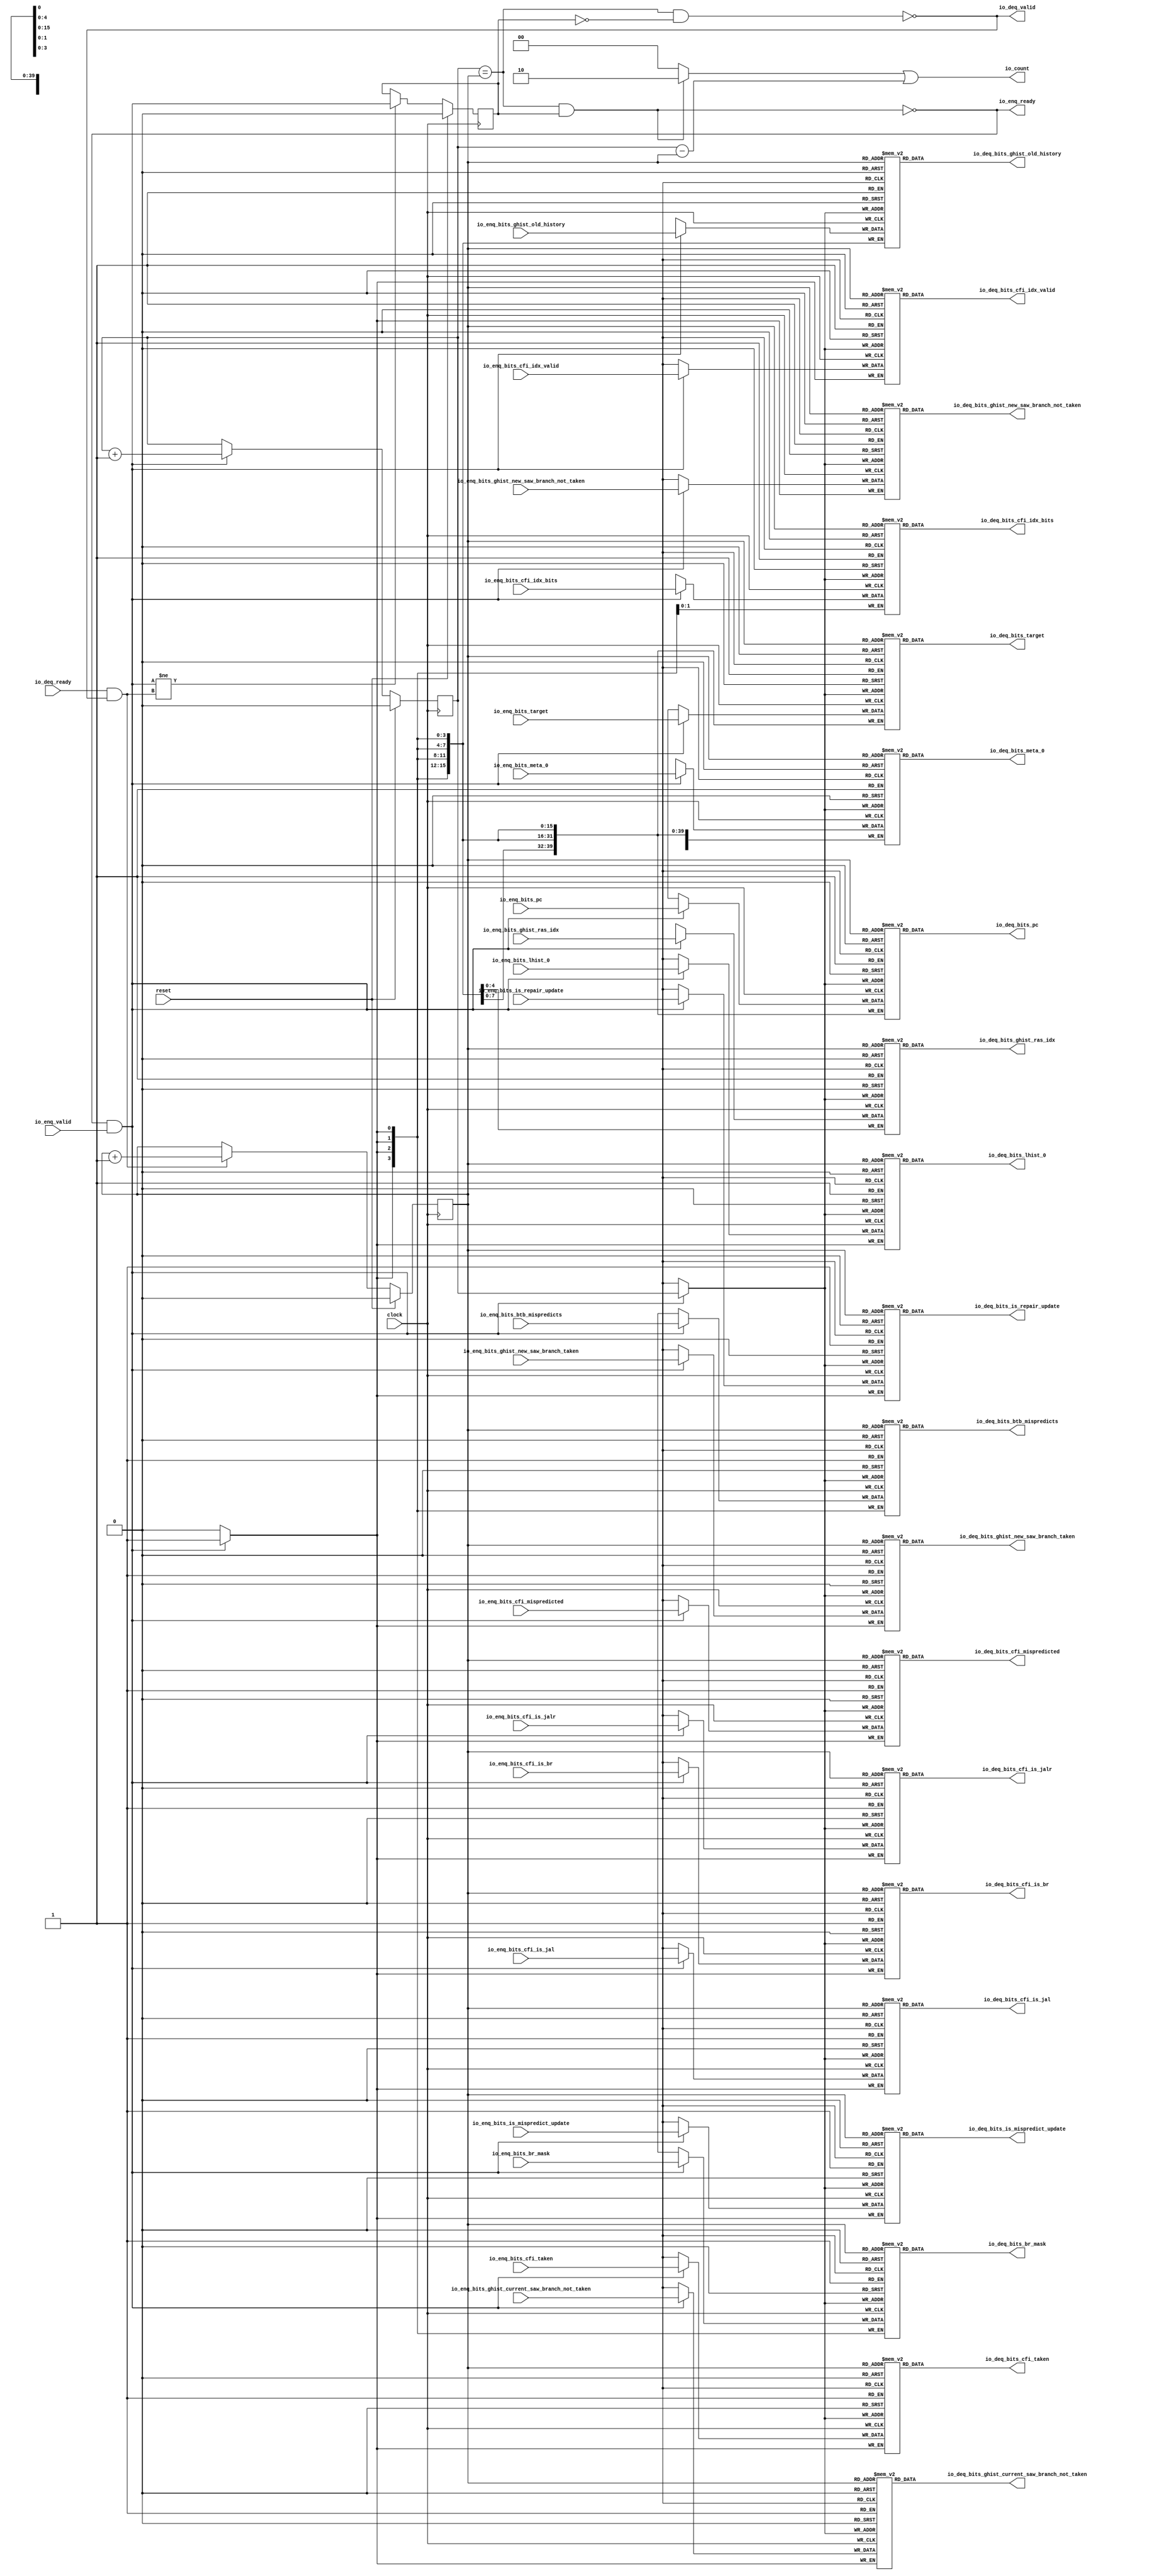
module Queue_23(
  input         clock,
  input         reset,
  output        io_enq_ready,
  input         io_enq_valid,
  input         io_enq_bits_is_mispredict_update,
  input         io_enq_bits_is_repair_update,
  input  [3:0]  io_enq_bits_btb_mispredicts,
  input  [39:0] io_enq_bits_pc,
  input  [3:0]  io_enq_bits_br_mask,
  input         io_enq_bits_cfi_idx_valid,
  input  [1:0]  io_enq_bits_cfi_idx_bits,
  input         io_enq_bits_cfi_taken,
  input         io_enq_bits_cfi_mispredicted,
  input         io_enq_bits_cfi_is_br,
  input         io_enq_bits_cfi_is_jal,
  input         io_enq_bits_cfi_is_jalr,
  input  [15:0] io_enq_bits_ghist_old_history,
  input         io_enq_bits_ghist_current_saw_branch_not_taken,
  input         io_enq_bits_ghist_new_saw_branch_not_taken,
  input         io_enq_bits_ghist_new_saw_branch_taken,
  input  [4:0]  io_enq_bits_ghist_ras_idx,
  input         io_enq_bits_lhist_0,
  input  [39:0] io_enq_bits_target,
  input  [44:0] io_enq_bits_meta_0,
  input         io_deq_ready,
  output        io_deq_valid,
  output        io_deq_bits_is_mispredict_update,
  output        io_deq_bits_is_repair_update,
  output [3:0]  io_deq_bits_btb_mispredicts,
  output [39:0] io_deq_bits_pc,
  output [3:0]  io_deq_bits_br_mask,
  output        io_deq_bits_cfi_idx_valid,
  output [1:0]  io_deq_bits_cfi_idx_bits,
  output        io_deq_bits_cfi_taken,
  output        io_deq_bits_cfi_mispredicted,
  output        io_deq_bits_cfi_is_br,
  output        io_deq_bits_cfi_is_jal,
  output        io_deq_bits_cfi_is_jalr,
  output [15:0] io_deq_bits_ghist_old_history,
  output        io_deq_bits_ghist_current_saw_branch_not_taken,
  output        io_deq_bits_ghist_new_saw_branch_not_taken,
  output        io_deq_bits_ghist_new_saw_branch_taken,
  output [4:0]  io_deq_bits_ghist_ras_idx,
  output        io_deq_bits_lhist_0,
  output [39:0] io_deq_bits_target,
  output [44:0] io_deq_bits_meta_0,
  output [1:0]  io_count
);
`ifdef RANDOMIZE_MEM_INIT
  reg [31:0] _RAND_0;
  reg [31:0] _RAND_1;
  reg [31:0] _RAND_2;
  reg [63:0] _RAND_3;
  reg [31:0] _RAND_4;
  reg [31:0] _RAND_5;
  reg [31:0] _RAND_6;
  reg [31:0] _RAND_7;
  reg [31:0] _RAND_8;
  reg [31:0] _RAND_9;
  reg [31:0] _RAND_10;
  reg [31:0] _RAND_11;
  reg [31:0] _RAND_12;
  reg [31:0] _RAND_13;
  reg [31:0] _RAND_14;
  reg [31:0] _RAND_15;
  reg [31:0] _RAND_16;
  reg [31:0] _RAND_17;
  reg [63:0] _RAND_18;
  reg [63:0] _RAND_19;
`endif // RANDOMIZE_MEM_INIT
`ifdef RANDOMIZE_REG_INIT
  reg [31:0] _RAND_20;
  reg [31:0] _RAND_21;
  reg [31:0] _RAND_22;
`endif // RANDOMIZE_REG_INIT
  reg  ram_is_mispredict_update [0:1]; // @[Decoupled.scala 218:16]
  wire  ram_is_mispredict_update_io_deq_bits_MPORT_data; // @[Decoupled.scala 218:16]
  wire  ram_is_mispredict_update_io_deq_bits_MPORT_addr; // @[Decoupled.scala 218:16]
  wire  ram_is_mispredict_update_MPORT_data; // @[Decoupled.scala 218:16]
  wire  ram_is_mispredict_update_MPORT_addr; // @[Decoupled.scala 218:16]
  wire  ram_is_mispredict_update_MPORT_mask; // @[Decoupled.scala 218:16]
  wire  ram_is_mispredict_update_MPORT_en; // @[Decoupled.scala 218:16]
  reg  ram_is_repair_update [0:1]; // @[Decoupled.scala 218:16]
  wire  ram_is_repair_update_io_deq_bits_MPORT_data; // @[Decoupled.scala 218:16]
  wire  ram_is_repair_update_io_deq_bits_MPORT_addr; // @[Decoupled.scala 218:16]
  wire  ram_is_repair_update_MPORT_data; // @[Decoupled.scala 218:16]
  wire  ram_is_repair_update_MPORT_addr; // @[Decoupled.scala 218:16]
  wire  ram_is_repair_update_MPORT_mask; // @[Decoupled.scala 218:16]
  wire  ram_is_repair_update_MPORT_en; // @[Decoupled.scala 218:16]
  reg [3:0] ram_btb_mispredicts [0:1]; // @[Decoupled.scala 218:16]
  wire [3:0] ram_btb_mispredicts_io_deq_bits_MPORT_data; // @[Decoupled.scala 218:16]
  wire  ram_btb_mispredicts_io_deq_bits_MPORT_addr; // @[Decoupled.scala 218:16]
  wire [3:0] ram_btb_mispredicts_MPORT_data; // @[Decoupled.scala 218:16]
  wire  ram_btb_mispredicts_MPORT_addr; // @[Decoupled.scala 218:16]
  wire  ram_btb_mispredicts_MPORT_mask; // @[Decoupled.scala 218:16]
  wire  ram_btb_mispredicts_MPORT_en; // @[Decoupled.scala 218:16]
  reg [39:0] ram_pc [0:1]; // @[Decoupled.scala 218:16]
  wire [39:0] ram_pc_io_deq_bits_MPORT_data; // @[Decoupled.scala 218:16]
  wire  ram_pc_io_deq_bits_MPORT_addr; // @[Decoupled.scala 218:16]
  wire [39:0] ram_pc_MPORT_data; // @[Decoupled.scala 218:16]
  wire  ram_pc_MPORT_addr; // @[Decoupled.scala 218:16]
  wire  ram_pc_MPORT_mask; // @[Decoupled.scala 218:16]
  wire  ram_pc_MPORT_en; // @[Decoupled.scala 218:16]
  reg [3:0] ram_br_mask [0:1]; // @[Decoupled.scala 218:16]
  wire [3:0] ram_br_mask_io_deq_bits_MPORT_data; // @[Decoupled.scala 218:16]
  wire  ram_br_mask_io_deq_bits_MPORT_addr; // @[Decoupled.scala 218:16]
  wire [3:0] ram_br_mask_MPORT_data; // @[Decoupled.scala 218:16]
  wire  ram_br_mask_MPORT_addr; // @[Decoupled.scala 218:16]
  wire  ram_br_mask_MPORT_mask; // @[Decoupled.scala 218:16]
  wire  ram_br_mask_MPORT_en; // @[Decoupled.scala 218:16]
  reg  ram_cfi_idx_valid [0:1]; // @[Decoupled.scala 218:16]
  wire  ram_cfi_idx_valid_io_deq_bits_MPORT_data; // @[Decoupled.scala 218:16]
  wire  ram_cfi_idx_valid_io_deq_bits_MPORT_addr; // @[Decoupled.scala 218:16]
  wire  ram_cfi_idx_valid_MPORT_data; // @[Decoupled.scala 218:16]
  wire  ram_cfi_idx_valid_MPORT_addr; // @[Decoupled.scala 218:16]
  wire  ram_cfi_idx_valid_MPORT_mask; // @[Decoupled.scala 218:16]
  wire  ram_cfi_idx_valid_MPORT_en; // @[Decoupled.scala 218:16]
  reg [1:0] ram_cfi_idx_bits [0:1]; // @[Decoupled.scala 218:16]
  wire [1:0] ram_cfi_idx_bits_io_deq_bits_MPORT_data; // @[Decoupled.scala 218:16]
  wire  ram_cfi_idx_bits_io_deq_bits_MPORT_addr; // @[Decoupled.scala 218:16]
  wire [1:0] ram_cfi_idx_bits_MPORT_data; // @[Decoupled.scala 218:16]
  wire  ram_cfi_idx_bits_MPORT_addr; // @[Decoupled.scala 218:16]
  wire  ram_cfi_idx_bits_MPORT_mask; // @[Decoupled.scala 218:16]
  wire  ram_cfi_idx_bits_MPORT_en; // @[Decoupled.scala 218:16]
  reg  ram_cfi_taken [0:1]; // @[Decoupled.scala 218:16]
  wire  ram_cfi_taken_io_deq_bits_MPORT_data; // @[Decoupled.scala 218:16]
  wire  ram_cfi_taken_io_deq_bits_MPORT_addr; // @[Decoupled.scala 218:16]
  wire  ram_cfi_taken_MPORT_data; // @[Decoupled.scala 218:16]
  wire  ram_cfi_taken_MPORT_addr; // @[Decoupled.scala 218:16]
  wire  ram_cfi_taken_MPORT_mask; // @[Decoupled.scala 218:16]
  wire  ram_cfi_taken_MPORT_en; // @[Decoupled.scala 218:16]
  reg  ram_cfi_mispredicted [0:1]; // @[Decoupled.scala 218:16]
  wire  ram_cfi_mispredicted_io_deq_bits_MPORT_data; // @[Decoupled.scala 218:16]
  wire  ram_cfi_mispredicted_io_deq_bits_MPORT_addr; // @[Decoupled.scala 218:16]
  wire  ram_cfi_mispredicted_MPORT_data; // @[Decoupled.scala 218:16]
  wire  ram_cfi_mispredicted_MPORT_addr; // @[Decoupled.scala 218:16]
  wire  ram_cfi_mispredicted_MPORT_mask; // @[Decoupled.scala 218:16]
  wire  ram_cfi_mispredicted_MPORT_en; // @[Decoupled.scala 218:16]
  reg  ram_cfi_is_br [0:1]; // @[Decoupled.scala 218:16]
  wire  ram_cfi_is_br_io_deq_bits_MPORT_data; // @[Decoupled.scala 218:16]
  wire  ram_cfi_is_br_io_deq_bits_MPORT_addr; // @[Decoupled.scala 218:16]
  wire  ram_cfi_is_br_MPORT_data; // @[Decoupled.scala 218:16]
  wire  ram_cfi_is_br_MPORT_addr; // @[Decoupled.scala 218:16]
  wire  ram_cfi_is_br_MPORT_mask; // @[Decoupled.scala 218:16]
  wire  ram_cfi_is_br_MPORT_en; // @[Decoupled.scala 218:16]
  reg  ram_cfi_is_jal [0:1]; // @[Decoupled.scala 218:16]
  wire  ram_cfi_is_jal_io_deq_bits_MPORT_data; // @[Decoupled.scala 218:16]
  wire  ram_cfi_is_jal_io_deq_bits_MPORT_addr; // @[Decoupled.scala 218:16]
  wire  ram_cfi_is_jal_MPORT_data; // @[Decoupled.scala 218:16]
  wire  ram_cfi_is_jal_MPORT_addr; // @[Decoupled.scala 218:16]
  wire  ram_cfi_is_jal_MPORT_mask; // @[Decoupled.scala 218:16]
  wire  ram_cfi_is_jal_MPORT_en; // @[Decoupled.scala 218:16]
  reg  ram_cfi_is_jalr [0:1]; // @[Decoupled.scala 218:16]
  wire  ram_cfi_is_jalr_io_deq_bits_MPORT_data; // @[Decoupled.scala 218:16]
  wire  ram_cfi_is_jalr_io_deq_bits_MPORT_addr; // @[Decoupled.scala 218:16]
  wire  ram_cfi_is_jalr_MPORT_data; // @[Decoupled.scala 218:16]
  wire  ram_cfi_is_jalr_MPORT_addr; // @[Decoupled.scala 218:16]
  wire  ram_cfi_is_jalr_MPORT_mask; // @[Decoupled.scala 218:16]
  wire  ram_cfi_is_jalr_MPORT_en; // @[Decoupled.scala 218:16]
  reg [15:0] ram_ghist_old_history [0:1]; // @[Decoupled.scala 218:16]
  wire [15:0] ram_ghist_old_history_io_deq_bits_MPORT_data; // @[Decoupled.scala 218:16]
  wire  ram_ghist_old_history_io_deq_bits_MPORT_addr; // @[Decoupled.scala 218:16]
  wire [15:0] ram_ghist_old_history_MPORT_data; // @[Decoupled.scala 218:16]
  wire  ram_ghist_old_history_MPORT_addr; // @[Decoupled.scala 218:16]
  wire  ram_ghist_old_history_MPORT_mask; // @[Decoupled.scala 218:16]
  wire  ram_ghist_old_history_MPORT_en; // @[Decoupled.scala 218:16]
  reg  ram_ghist_current_saw_branch_not_taken [0:1]; // @[Decoupled.scala 218:16]
  wire  ram_ghist_current_saw_branch_not_taken_io_deq_bits_MPORT_data; // @[Decoupled.scala 218:16]
  wire  ram_ghist_current_saw_branch_not_taken_io_deq_bits_MPORT_addr; // @[Decoupled.scala 218:16]
  wire  ram_ghist_current_saw_branch_not_taken_MPORT_data; // @[Decoupled.scala 218:16]
  wire  ram_ghist_current_saw_branch_not_taken_MPORT_addr; // @[Decoupled.scala 218:16]
  wire  ram_ghist_current_saw_branch_not_taken_MPORT_mask; // @[Decoupled.scala 218:16]
  wire  ram_ghist_current_saw_branch_not_taken_MPORT_en; // @[Decoupled.scala 218:16]
  reg  ram_ghist_new_saw_branch_not_taken [0:1]; // @[Decoupled.scala 218:16]
  wire  ram_ghist_new_saw_branch_not_taken_io_deq_bits_MPORT_data; // @[Decoupled.scala 218:16]
  wire  ram_ghist_new_saw_branch_not_taken_io_deq_bits_MPORT_addr; // @[Decoupled.scala 218:16]
  wire  ram_ghist_new_saw_branch_not_taken_MPORT_data; // @[Decoupled.scala 218:16]
  wire  ram_ghist_new_saw_branch_not_taken_MPORT_addr; // @[Decoupled.scala 218:16]
  wire  ram_ghist_new_saw_branch_not_taken_MPORT_mask; // @[Decoupled.scala 218:16]
  wire  ram_ghist_new_saw_branch_not_taken_MPORT_en; // @[Decoupled.scala 218:16]
  reg  ram_ghist_new_saw_branch_taken [0:1]; // @[Decoupled.scala 218:16]
  wire  ram_ghist_new_saw_branch_taken_io_deq_bits_MPORT_data; // @[Decoupled.scala 218:16]
  wire  ram_ghist_new_saw_branch_taken_io_deq_bits_MPORT_addr; // @[Decoupled.scala 218:16]
  wire  ram_ghist_new_saw_branch_taken_MPORT_data; // @[Decoupled.scala 218:16]
  wire  ram_ghist_new_saw_branch_taken_MPORT_addr; // @[Decoupled.scala 218:16]
  wire  ram_ghist_new_saw_branch_taken_MPORT_mask; // @[Decoupled.scala 218:16]
  wire  ram_ghist_new_saw_branch_taken_MPORT_en; // @[Decoupled.scala 218:16]
  reg [4:0] ram_ghist_ras_idx [0:1]; // @[Decoupled.scala 218:16]
  wire [4:0] ram_ghist_ras_idx_io_deq_bits_MPORT_data; // @[Decoupled.scala 218:16]
  wire  ram_ghist_ras_idx_io_deq_bits_MPORT_addr; // @[Decoupled.scala 218:16]
  wire [4:0] ram_ghist_ras_idx_MPORT_data; // @[Decoupled.scala 218:16]
  wire  ram_ghist_ras_idx_MPORT_addr; // @[Decoupled.scala 218:16]
  wire  ram_ghist_ras_idx_MPORT_mask; // @[Decoupled.scala 218:16]
  wire  ram_ghist_ras_idx_MPORT_en; // @[Decoupled.scala 218:16]
  reg  ram_lhist_0 [0:1]; // @[Decoupled.scala 218:16]
  wire  ram_lhist_0_io_deq_bits_MPORT_data; // @[Decoupled.scala 218:16]
  wire  ram_lhist_0_io_deq_bits_MPORT_addr; // @[Decoupled.scala 218:16]
  wire  ram_lhist_0_MPORT_data; // @[Decoupled.scala 218:16]
  wire  ram_lhist_0_MPORT_addr; // @[Decoupled.scala 218:16]
  wire  ram_lhist_0_MPORT_mask; // @[Decoupled.scala 218:16]
  wire  ram_lhist_0_MPORT_en; // @[Decoupled.scala 218:16]
  reg [39:0] ram_target [0:1]; // @[Decoupled.scala 218:16]
  wire [39:0] ram_target_io_deq_bits_MPORT_data; // @[Decoupled.scala 218:16]
  wire  ram_target_io_deq_bits_MPORT_addr; // @[Decoupled.scala 218:16]
  wire [39:0] ram_target_MPORT_data; // @[Decoupled.scala 218:16]
  wire  ram_target_MPORT_addr; // @[Decoupled.scala 218:16]
  wire  ram_target_MPORT_mask; // @[Decoupled.scala 218:16]
  wire  ram_target_MPORT_en; // @[Decoupled.scala 218:16]
  reg [44:0] ram_meta_0 [0:1]; // @[Decoupled.scala 218:16]
  wire [44:0] ram_meta_0_io_deq_bits_MPORT_data; // @[Decoupled.scala 218:16]
  wire  ram_meta_0_io_deq_bits_MPORT_addr; // @[Decoupled.scala 218:16]
  wire [44:0] ram_meta_0_MPORT_data; // @[Decoupled.scala 218:16]
  wire  ram_meta_0_MPORT_addr; // @[Decoupled.scala 218:16]
  wire  ram_meta_0_MPORT_mask; // @[Decoupled.scala 218:16]
  wire  ram_meta_0_MPORT_en; // @[Decoupled.scala 218:16]
  reg  enq_ptr_value; // @[Counter.scala 60:40]
  reg  deq_ptr_value; // @[Counter.scala 60:40]
  reg  maybe_full; // @[Decoupled.scala 221:27]
  wire  ptr_match = enq_ptr_value == deq_ptr_value; // @[Decoupled.scala 223:33]
  wire  empty = ptr_match & ~maybe_full; // @[Decoupled.scala 224:25]
  wire  full = ptr_match & maybe_full; // @[Decoupled.scala 225:24]
  wire  do_enq = io_enq_ready & io_enq_valid; // @[Decoupled.scala 40:37]
  wire  do_deq = io_deq_ready & io_deq_valid; // @[Decoupled.scala 40:37]
  wire  ptr_diff = enq_ptr_value - deq_ptr_value; // @[Decoupled.scala 257:32]
  wire [1:0] _io_count_T_1 = maybe_full & ptr_match ? 2'h2 : 2'h0; // @[Decoupled.scala 259:20]
  wire [1:0] _GEN_27 = {{1'd0}, ptr_diff}; // @[Decoupled.scala 259:62]
  assign ram_is_mispredict_update_io_deq_bits_MPORT_addr = deq_ptr_value;
  assign ram_is_mispredict_update_io_deq_bits_MPORT_data =
    ram_is_mispredict_update[ram_is_mispredict_update_io_deq_bits_MPORT_addr]; // @[Decoupled.scala 218:16]
  assign ram_is_mispredict_update_MPORT_data = io_enq_bits_is_mispredict_update;
  assign ram_is_mispredict_update_MPORT_addr = enq_ptr_value;
  assign ram_is_mispredict_update_MPORT_mask = 1'h1;
  assign ram_is_mispredict_update_MPORT_en = io_enq_ready & io_enq_valid;
  assign ram_is_repair_update_io_deq_bits_MPORT_addr = deq_ptr_value;
  assign ram_is_repair_update_io_deq_bits_MPORT_data = ram_is_repair_update[ram_is_repair_update_io_deq_bits_MPORT_addr]
    ; // @[Decoupled.scala 218:16]
  assign ram_is_repair_update_MPORT_data = io_enq_bits_is_repair_update;
  assign ram_is_repair_update_MPORT_addr = enq_ptr_value;
  assign ram_is_repair_update_MPORT_mask = 1'h1;
  assign ram_is_repair_update_MPORT_en = io_enq_ready & io_enq_valid;
  assign ram_btb_mispredicts_io_deq_bits_MPORT_addr = deq_ptr_value;
  assign ram_btb_mispredicts_io_deq_bits_MPORT_data = ram_btb_mispredicts[ram_btb_mispredicts_io_deq_bits_MPORT_addr]; // @[Decoupled.scala 218:16]
  assign ram_btb_mispredicts_MPORT_data = io_enq_bits_btb_mispredicts;
  assign ram_btb_mispredicts_MPORT_addr = enq_ptr_value;
  assign ram_btb_mispredicts_MPORT_mask = 1'h1;
  assign ram_btb_mispredicts_MPORT_en = io_enq_ready & io_enq_valid;
  assign ram_pc_io_deq_bits_MPORT_addr = deq_ptr_value;
  assign ram_pc_io_deq_bits_MPORT_data = ram_pc[ram_pc_io_deq_bits_MPORT_addr]; // @[Decoupled.scala 218:16]
  assign ram_pc_MPORT_data = io_enq_bits_pc;
  assign ram_pc_MPORT_addr = enq_ptr_value;
  assign ram_pc_MPORT_mask = 1'h1;
  assign ram_pc_MPORT_en = io_enq_ready & io_enq_valid;
  assign ram_br_mask_io_deq_bits_MPORT_addr = deq_ptr_value;
  assign ram_br_mask_io_deq_bits_MPORT_data = ram_br_mask[ram_br_mask_io_deq_bits_MPORT_addr]; // @[Decoupled.scala 218:16]
  assign ram_br_mask_MPORT_data = io_enq_bits_br_mask;
  assign ram_br_mask_MPORT_addr = enq_ptr_value;
  assign ram_br_mask_MPORT_mask = 1'h1;
  assign ram_br_mask_MPORT_en = io_enq_ready & io_enq_valid;
  assign ram_cfi_idx_valid_io_deq_bits_MPORT_addr = deq_ptr_value;
  assign ram_cfi_idx_valid_io_deq_bits_MPORT_data = ram_cfi_idx_valid[ram_cfi_idx_valid_io_deq_bits_MPORT_addr]; // @[Decoupled.scala 218:16]
  assign ram_cfi_idx_valid_MPORT_data = io_enq_bits_cfi_idx_valid;
  assign ram_cfi_idx_valid_MPORT_addr = enq_ptr_value;
  assign ram_cfi_idx_valid_MPORT_mask = 1'h1;
  assign ram_cfi_idx_valid_MPORT_en = io_enq_ready & io_enq_valid;
  assign ram_cfi_idx_bits_io_deq_bits_MPORT_addr = deq_ptr_value;
  assign ram_cfi_idx_bits_io_deq_bits_MPORT_data = ram_cfi_idx_bits[ram_cfi_idx_bits_io_deq_bits_MPORT_addr]; // @[Decoupled.scala 218:16]
  assign ram_cfi_idx_bits_MPORT_data = io_enq_bits_cfi_idx_bits;
  assign ram_cfi_idx_bits_MPORT_addr = enq_ptr_value;
  assign ram_cfi_idx_bits_MPORT_mask = 1'h1;
  assign ram_cfi_idx_bits_MPORT_en = io_enq_ready & io_enq_valid;
  assign ram_cfi_taken_io_deq_bits_MPORT_addr = deq_ptr_value;
  assign ram_cfi_taken_io_deq_bits_MPORT_data = ram_cfi_taken[ram_cfi_taken_io_deq_bits_MPORT_addr]; // @[Decoupled.scala 218:16]
  assign ram_cfi_taken_MPORT_data = io_enq_bits_cfi_taken;
  assign ram_cfi_taken_MPORT_addr = enq_ptr_value;
  assign ram_cfi_taken_MPORT_mask = 1'h1;
  assign ram_cfi_taken_MPORT_en = io_enq_ready & io_enq_valid;
  assign ram_cfi_mispredicted_io_deq_bits_MPORT_addr = deq_ptr_value;
  assign ram_cfi_mispredicted_io_deq_bits_MPORT_data = ram_cfi_mispredicted[ram_cfi_mispredicted_io_deq_bits_MPORT_addr]
    ; // @[Decoupled.scala 218:16]
  assign ram_cfi_mispredicted_MPORT_data = io_enq_bits_cfi_mispredicted;
  assign ram_cfi_mispredicted_MPORT_addr = enq_ptr_value;
  assign ram_cfi_mispredicted_MPORT_mask = 1'h1;
  assign ram_cfi_mispredicted_MPORT_en = io_enq_ready & io_enq_valid;
  assign ram_cfi_is_br_io_deq_bits_MPORT_addr = deq_ptr_value;
  assign ram_cfi_is_br_io_deq_bits_MPORT_data = ram_cfi_is_br[ram_cfi_is_br_io_deq_bits_MPORT_addr]; // @[Decoupled.scala 218:16]
  assign ram_cfi_is_br_MPORT_data = io_enq_bits_cfi_is_br;
  assign ram_cfi_is_br_MPORT_addr = enq_ptr_value;
  assign ram_cfi_is_br_MPORT_mask = 1'h1;
  assign ram_cfi_is_br_MPORT_en = io_enq_ready & io_enq_valid;
  assign ram_cfi_is_jal_io_deq_bits_MPORT_addr = deq_ptr_value;
  assign ram_cfi_is_jal_io_deq_bits_MPORT_data = ram_cfi_is_jal[ram_cfi_is_jal_io_deq_bits_MPORT_addr]; // @[Decoupled.scala 218:16]
  assign ram_cfi_is_jal_MPORT_data = io_enq_bits_cfi_is_jal;
  assign ram_cfi_is_jal_MPORT_addr = enq_ptr_value;
  assign ram_cfi_is_jal_MPORT_mask = 1'h1;
  assign ram_cfi_is_jal_MPORT_en = io_enq_ready & io_enq_valid;
  assign ram_cfi_is_jalr_io_deq_bits_MPORT_addr = deq_ptr_value;
  assign ram_cfi_is_jalr_io_deq_bits_MPORT_data = ram_cfi_is_jalr[ram_cfi_is_jalr_io_deq_bits_MPORT_addr]; // @[Decoupled.scala 218:16]
  assign ram_cfi_is_jalr_MPORT_data = io_enq_bits_cfi_is_jalr;
  assign ram_cfi_is_jalr_MPORT_addr = enq_ptr_value;
  assign ram_cfi_is_jalr_MPORT_mask = 1'h1;
  assign ram_cfi_is_jalr_MPORT_en = io_enq_ready & io_enq_valid;
  assign ram_ghist_old_history_io_deq_bits_MPORT_addr = deq_ptr_value;
  assign ram_ghist_old_history_io_deq_bits_MPORT_data =
    ram_ghist_old_history[ram_ghist_old_history_io_deq_bits_MPORT_addr]; // @[Decoupled.scala 218:16]
  assign ram_ghist_old_history_MPORT_data = io_enq_bits_ghist_old_history;
  assign ram_ghist_old_history_MPORT_addr = enq_ptr_value;
  assign ram_ghist_old_history_MPORT_mask = 1'h1;
  assign ram_ghist_old_history_MPORT_en = io_enq_ready & io_enq_valid;
  assign ram_ghist_current_saw_branch_not_taken_io_deq_bits_MPORT_addr = deq_ptr_value;
  assign ram_ghist_current_saw_branch_not_taken_io_deq_bits_MPORT_data =
    ram_ghist_current_saw_branch_not_taken[ram_ghist_current_saw_branch_not_taken_io_deq_bits_MPORT_addr]; // @[Decoupled.scala 218:16]
  assign ram_ghist_current_saw_branch_not_taken_MPORT_data = io_enq_bits_ghist_current_saw_branch_not_taken;
  assign ram_ghist_current_saw_branch_not_taken_MPORT_addr = enq_ptr_value;
  assign ram_ghist_current_saw_branch_not_taken_MPORT_mask = 1'h1;
  assign ram_ghist_current_saw_branch_not_taken_MPORT_en = io_enq_ready & io_enq_valid;
  assign ram_ghist_new_saw_branch_not_taken_io_deq_bits_MPORT_addr = deq_ptr_value;
  assign ram_ghist_new_saw_branch_not_taken_io_deq_bits_MPORT_data =
    ram_ghist_new_saw_branch_not_taken[ram_ghist_new_saw_branch_not_taken_io_deq_bits_MPORT_addr]; // @[Decoupled.scala 218:16]
  assign ram_ghist_new_saw_branch_not_taken_MPORT_data = io_enq_bits_ghist_new_saw_branch_not_taken;
  assign ram_ghist_new_saw_branch_not_taken_MPORT_addr = enq_ptr_value;
  assign ram_ghist_new_saw_branch_not_taken_MPORT_mask = 1'h1;
  assign ram_ghist_new_saw_branch_not_taken_MPORT_en = io_enq_ready & io_enq_valid;
  assign ram_ghist_new_saw_branch_taken_io_deq_bits_MPORT_addr = deq_ptr_value;
  assign ram_ghist_new_saw_branch_taken_io_deq_bits_MPORT_data =
    ram_ghist_new_saw_branch_taken[ram_ghist_new_saw_branch_taken_io_deq_bits_MPORT_addr]; // @[Decoupled.scala 218:16]
  assign ram_ghist_new_saw_branch_taken_MPORT_data = io_enq_bits_ghist_new_saw_branch_taken;
  assign ram_ghist_new_saw_branch_taken_MPORT_addr = enq_ptr_value;
  assign ram_ghist_new_saw_branch_taken_MPORT_mask = 1'h1;
  assign ram_ghist_new_saw_branch_taken_MPORT_en = io_enq_ready & io_enq_valid;
  assign ram_ghist_ras_idx_io_deq_bits_MPORT_addr = deq_ptr_value;
  assign ram_ghist_ras_idx_io_deq_bits_MPORT_data = ram_ghist_ras_idx[ram_ghist_ras_idx_io_deq_bits_MPORT_addr]; // @[Decoupled.scala 218:16]
  assign ram_ghist_ras_idx_MPORT_data = io_enq_bits_ghist_ras_idx;
  assign ram_ghist_ras_idx_MPORT_addr = enq_ptr_value;
  assign ram_ghist_ras_idx_MPORT_mask = 1'h1;
  assign ram_ghist_ras_idx_MPORT_en = io_enq_ready & io_enq_valid;
  assign ram_lhist_0_io_deq_bits_MPORT_addr = deq_ptr_value;
  assign ram_lhist_0_io_deq_bits_MPORT_data = ram_lhist_0[ram_lhist_0_io_deq_bits_MPORT_addr]; // @[Decoupled.scala 218:16]
  assign ram_lhist_0_MPORT_data = io_enq_bits_lhist_0;
  assign ram_lhist_0_MPORT_addr = enq_ptr_value;
  assign ram_lhist_0_MPORT_mask = 1'h1;
  assign ram_lhist_0_MPORT_en = io_enq_ready & io_enq_valid;
  assign ram_target_io_deq_bits_MPORT_addr = deq_ptr_value;
  assign ram_target_io_deq_bits_MPORT_data = ram_target[ram_target_io_deq_bits_MPORT_addr]; // @[Decoupled.scala 218:16]
  assign ram_target_MPORT_data = io_enq_bits_target;
  assign ram_target_MPORT_addr = enq_ptr_value;
  assign ram_target_MPORT_mask = 1'h1;
  assign ram_target_MPORT_en = io_enq_ready & io_enq_valid;
  assign ram_meta_0_io_deq_bits_MPORT_addr = deq_ptr_value;
  assign ram_meta_0_io_deq_bits_MPORT_data = ram_meta_0[ram_meta_0_io_deq_bits_MPORT_addr]; // @[Decoupled.scala 218:16]
  assign ram_meta_0_MPORT_data = io_enq_bits_meta_0;
  assign ram_meta_0_MPORT_addr = enq_ptr_value;
  assign ram_meta_0_MPORT_mask = 1'h1;
  assign ram_meta_0_MPORT_en = io_enq_ready & io_enq_valid;
  assign io_enq_ready = ~full; // @[Decoupled.scala 241:19]
  assign io_deq_valid = ~empty; // @[Decoupled.scala 240:19]
  assign io_deq_bits_is_mispredict_update = ram_is_mispredict_update_io_deq_bits_MPORT_data; // @[Decoupled.scala 242:15]
  assign io_deq_bits_is_repair_update = ram_is_repair_update_io_deq_bits_MPORT_data; // @[Decoupled.scala 242:15]
  assign io_deq_bits_btb_mispredicts = ram_btb_mispredicts_io_deq_bits_MPORT_data; // @[Decoupled.scala 242:15]
  assign io_deq_bits_pc = ram_pc_io_deq_bits_MPORT_data; // @[Decoupled.scala 242:15]
  assign io_deq_bits_br_mask = ram_br_mask_io_deq_bits_MPORT_data; // @[Decoupled.scala 242:15]
  assign io_deq_bits_cfi_idx_valid = ram_cfi_idx_valid_io_deq_bits_MPORT_data; // @[Decoupled.scala 242:15]
  assign io_deq_bits_cfi_idx_bits = ram_cfi_idx_bits_io_deq_bits_MPORT_data; // @[Decoupled.scala 242:15]
  assign io_deq_bits_cfi_taken = ram_cfi_taken_io_deq_bits_MPORT_data; // @[Decoupled.scala 242:15]
  assign io_deq_bits_cfi_mispredicted = ram_cfi_mispredicted_io_deq_bits_MPORT_data; // @[Decoupled.scala 242:15]
  assign io_deq_bits_cfi_is_br = ram_cfi_is_br_io_deq_bits_MPORT_data; // @[Decoupled.scala 242:15]
  assign io_deq_bits_cfi_is_jal = ram_cfi_is_jal_io_deq_bits_MPORT_data; // @[Decoupled.scala 242:15]
  assign io_deq_bits_cfi_is_jalr = ram_cfi_is_jalr_io_deq_bits_MPORT_data; // @[Decoupled.scala 242:15]
  assign io_deq_bits_ghist_old_history = ram_ghist_old_history_io_deq_bits_MPORT_data; // @[Decoupled.scala 242:15]
  assign io_deq_bits_ghist_current_saw_branch_not_taken = ram_ghist_current_saw_branch_not_taken_io_deq_bits_MPORT_data; // @[Decoupled.scala 242:15]
  assign io_deq_bits_ghist_new_saw_branch_not_taken = ram_ghist_new_saw_branch_not_taken_io_deq_bits_MPORT_data; // @[Decoupled.scala 242:15]
  assign io_deq_bits_ghist_new_saw_branch_taken = ram_ghist_new_saw_branch_taken_io_deq_bits_MPORT_data; // @[Decoupled.scala 242:15]
  assign io_deq_bits_ghist_ras_idx = ram_ghist_ras_idx_io_deq_bits_MPORT_data; // @[Decoupled.scala 242:15]
  assign io_deq_bits_lhist_0 = ram_lhist_0_io_deq_bits_MPORT_data; // @[Decoupled.scala 242:15]
  assign io_deq_bits_target = ram_target_io_deq_bits_MPORT_data; // @[Decoupled.scala 242:15]
  assign io_deq_bits_meta_0 = ram_meta_0_io_deq_bits_MPORT_data; // @[Decoupled.scala 242:15]
  assign io_count = _io_count_T_1 | _GEN_27; // @[Decoupled.scala 259:62]
  always @(posedge clock) begin
    if(ram_is_mispredict_update_MPORT_en & ram_is_mispredict_update_MPORT_mask) begin
      ram_is_mispredict_update[ram_is_mispredict_update_MPORT_addr] <= ram_is_mispredict_update_MPORT_data; // @[Decoupled.scala 218:16]
    end
    if(ram_is_repair_update_MPORT_en & ram_is_repair_update_MPORT_mask) begin
      ram_is_repair_update[ram_is_repair_update_MPORT_addr] <= ram_is_repair_update_MPORT_data; // @[Decoupled.scala 218:16]
    end
    if(ram_btb_mispredicts_MPORT_en & ram_btb_mispredicts_MPORT_mask) begin
      ram_btb_mispredicts[ram_btb_mispredicts_MPORT_addr] <= ram_btb_mispredicts_MPORT_data; // @[Decoupled.scala 218:16]
    end
    if(ram_pc_MPORT_en & ram_pc_MPORT_mask) begin
      ram_pc[ram_pc_MPORT_addr] <= ram_pc_MPORT_data; // @[Decoupled.scala 218:16]
    end
    if(ram_br_mask_MPORT_en & ram_br_mask_MPORT_mask) begin
      ram_br_mask[ram_br_mask_MPORT_addr] <= ram_br_mask_MPORT_data; // @[Decoupled.scala 218:16]
    end
    if(ram_cfi_idx_valid_MPORT_en & ram_cfi_idx_valid_MPORT_mask) begin
      ram_cfi_idx_valid[ram_cfi_idx_valid_MPORT_addr] <= ram_cfi_idx_valid_MPORT_data; // @[Decoupled.scala 218:16]
    end
    if(ram_cfi_idx_bits_MPORT_en & ram_cfi_idx_bits_MPORT_mask) begin
      ram_cfi_idx_bits[ram_cfi_idx_bits_MPORT_addr] <= ram_cfi_idx_bits_MPORT_data; // @[Decoupled.scala 218:16]
    end
    if(ram_cfi_taken_MPORT_en & ram_cfi_taken_MPORT_mask) begin
      ram_cfi_taken[ram_cfi_taken_MPORT_addr] <= ram_cfi_taken_MPORT_data; // @[Decoupled.scala 218:16]
    end
    if(ram_cfi_mispredicted_MPORT_en & ram_cfi_mispredicted_MPORT_mask) begin
      ram_cfi_mispredicted[ram_cfi_mispredicted_MPORT_addr] <= ram_cfi_mispredicted_MPORT_data; // @[Decoupled.scala 218:16]
    end
    if(ram_cfi_is_br_MPORT_en & ram_cfi_is_br_MPORT_mask) begin
      ram_cfi_is_br[ram_cfi_is_br_MPORT_addr] <= ram_cfi_is_br_MPORT_data; // @[Decoupled.scala 218:16]
    end
    if(ram_cfi_is_jal_MPORT_en & ram_cfi_is_jal_MPORT_mask) begin
      ram_cfi_is_jal[ram_cfi_is_jal_MPORT_addr] <= ram_cfi_is_jal_MPORT_data; // @[Decoupled.scala 218:16]
    end
    if(ram_cfi_is_jalr_MPORT_en & ram_cfi_is_jalr_MPORT_mask) begin
      ram_cfi_is_jalr[ram_cfi_is_jalr_MPORT_addr] <= ram_cfi_is_jalr_MPORT_data; // @[Decoupled.scala 218:16]
    end
    if(ram_ghist_old_history_MPORT_en & ram_ghist_old_history_MPORT_mask) begin
      ram_ghist_old_history[ram_ghist_old_history_MPORT_addr] <= ram_ghist_old_history_MPORT_data; // @[Decoupled.scala 218:16]
    end
    if(ram_ghist_current_saw_branch_not_taken_MPORT_en & ram_ghist_current_saw_branch_not_taken_MPORT_mask) begin
      ram_ghist_current_saw_branch_not_taken[ram_ghist_current_saw_branch_not_taken_MPORT_addr] <=
        ram_ghist_current_saw_branch_not_taken_MPORT_data; // @[Decoupled.scala 218:16]
    end
    if(ram_ghist_new_saw_branch_not_taken_MPORT_en & ram_ghist_new_saw_branch_not_taken_MPORT_mask) begin
      ram_ghist_new_saw_branch_not_taken[ram_ghist_new_saw_branch_not_taken_MPORT_addr] <=
        ram_ghist_new_saw_branch_not_taken_MPORT_data; // @[Decoupled.scala 218:16]
    end
    if(ram_ghist_new_saw_branch_taken_MPORT_en & ram_ghist_new_saw_branch_taken_MPORT_mask) begin
      ram_ghist_new_saw_branch_taken[ram_ghist_new_saw_branch_taken_MPORT_addr] <=
        ram_ghist_new_saw_branch_taken_MPORT_data; // @[Decoupled.scala 218:16]
    end
    if(ram_ghist_ras_idx_MPORT_en & ram_ghist_ras_idx_MPORT_mask) begin
      ram_ghist_ras_idx[ram_ghist_ras_idx_MPORT_addr] <= ram_ghist_ras_idx_MPORT_data; // @[Decoupled.scala 218:16]
    end
    if(ram_lhist_0_MPORT_en & ram_lhist_0_MPORT_mask) begin
      ram_lhist_0[ram_lhist_0_MPORT_addr] <= ram_lhist_0_MPORT_data; // @[Decoupled.scala 218:16]
    end
    if(ram_target_MPORT_en & ram_target_MPORT_mask) begin
      ram_target[ram_target_MPORT_addr] <= ram_target_MPORT_data; // @[Decoupled.scala 218:16]
    end
    if(ram_meta_0_MPORT_en & ram_meta_0_MPORT_mask) begin
      ram_meta_0[ram_meta_0_MPORT_addr] <= ram_meta_0_MPORT_data; // @[Decoupled.scala 218:16]
    end
    if (reset) begin // @[Counter.scala 60:40]
      enq_ptr_value <= 1'h0; // @[Counter.scala 60:40]
    end else if (do_enq) begin // @[Decoupled.scala 229:17]
      enq_ptr_value <= enq_ptr_value + 1'h1; // @[Counter.scala 76:15]
    end
    if (reset) begin // @[Counter.scala 60:40]
      deq_ptr_value <= 1'h0; // @[Counter.scala 60:40]
    end else if (do_deq) begin // @[Decoupled.scala 233:17]
      deq_ptr_value <= deq_ptr_value + 1'h1; // @[Counter.scala 76:15]
    end
    if (reset) begin // @[Decoupled.scala 221:27]
      maybe_full <= 1'h0; // @[Decoupled.scala 221:27]
    end else if (do_enq != do_deq) begin // @[Decoupled.scala 236:28]
      maybe_full <= do_enq; // @[Decoupled.scala 237:16]
    end
  end
// Register and memory initialization
`ifdef RANDOMIZE_GARBAGE_ASSIGN
`define RANDOMIZE
`endif
`ifdef RANDOMIZE_INVALID_ASSIGN
`define RANDOMIZE
`endif
`ifdef RANDOMIZE_REG_INIT
`define RANDOMIZE
`endif
`ifdef RANDOMIZE_MEM_INIT
`define RANDOMIZE
`endif
`ifndef RANDOM
`define RANDOM $random
`endif
`ifdef RANDOMIZE_MEM_INIT
  integer initvar;
`endif
`ifndef SYNTHESIS
`ifdef FIRRTL_BEFORE_INITIAL
`FIRRTL_BEFORE_INITIAL
`endif
initial begin
  `ifdef RANDOMIZE
    `ifdef INIT_RANDOM
      `INIT_RANDOM
    `endif
    `ifndef VERILATOR
      `ifdef RANDOMIZE_DELAY
        #`RANDOMIZE_DELAY begin end
      `else
        #0.002 begin end
      `endif
    `endif
`ifdef RANDOMIZE_MEM_INIT
  _RAND_0 = {1{`RANDOM}};
  for (initvar = 0; initvar < 2; initvar = initvar+1)
    ram_is_mispredict_update[initvar] = _RAND_0[0:0];
  _RAND_1 = {1{`RANDOM}};
  for (initvar = 0; initvar < 2; initvar = initvar+1)
    ram_is_repair_update[initvar] = _RAND_1[0:0];
  _RAND_2 = {1{`RANDOM}};
  for (initvar = 0; initvar < 2; initvar = initvar+1)
    ram_btb_mispredicts[initvar] = _RAND_2[3:0];
  _RAND_3 = {2{`RANDOM}};
  for (initvar = 0; initvar < 2; initvar = initvar+1)
    ram_pc[initvar] = _RAND_3[39:0];
  _RAND_4 = {1{`RANDOM}};
  for (initvar = 0; initvar < 2; initvar = initvar+1)
    ram_br_mask[initvar] = _RAND_4[3:0];
  _RAND_5 = {1{`RANDOM}};
  for (initvar = 0; initvar < 2; initvar = initvar+1)
    ram_cfi_idx_valid[initvar] = _RAND_5[0:0];
  _RAND_6 = {1{`RANDOM}};
  for (initvar = 0; initvar < 2; initvar = initvar+1)
    ram_cfi_idx_bits[initvar] = _RAND_6[1:0];
  _RAND_7 = {1{`RANDOM}};
  for (initvar = 0; initvar < 2; initvar = initvar+1)
    ram_cfi_taken[initvar] = _RAND_7[0:0];
  _RAND_8 = {1{`RANDOM}};
  for (initvar = 0; initvar < 2; initvar = initvar+1)
    ram_cfi_mispredicted[initvar] = _RAND_8[0:0];
  _RAND_9 = {1{`RANDOM}};
  for (initvar = 0; initvar < 2; initvar = initvar+1)
    ram_cfi_is_br[initvar] = _RAND_9[0:0];
  _RAND_10 = {1{`RANDOM}};
  for (initvar = 0; initvar < 2; initvar = initvar+1)
    ram_cfi_is_jal[initvar] = _RAND_10[0:0];
  _RAND_11 = {1{`RANDOM}};
  for (initvar = 0; initvar < 2; initvar = initvar+1)
    ram_cfi_is_jalr[initvar] = _RAND_11[0:0];
  _RAND_12 = {1{`RANDOM}};
  for (initvar = 0; initvar < 2; initvar = initvar+1)
    ram_ghist_old_history[initvar] = _RAND_12[15:0];
  _RAND_13 = {1{`RANDOM}};
  for (initvar = 0; initvar < 2; initvar = initvar+1)
    ram_ghist_current_saw_branch_not_taken[initvar] = _RAND_13[0:0];
  _RAND_14 = {1{`RANDOM}};
  for (initvar = 0; initvar < 2; initvar = initvar+1)
    ram_ghist_new_saw_branch_not_taken[initvar] = _RAND_14[0:0];
  _RAND_15 = {1{`RANDOM}};
  for (initvar = 0; initvar < 2; initvar = initvar+1)
    ram_ghist_new_saw_branch_taken[initvar] = _RAND_15[0:0];
  _RAND_16 = {1{`RANDOM}};
  for (initvar = 0; initvar < 2; initvar = initvar+1)
    ram_ghist_ras_idx[initvar] = _RAND_16[4:0];
  _RAND_17 = {1{`RANDOM}};
  for (initvar = 0; initvar < 2; initvar = initvar+1)
    ram_lhist_0[initvar] = _RAND_17[0:0];
  _RAND_18 = {2{`RANDOM}};
  for (initvar = 0; initvar < 2; initvar = initvar+1)
    ram_target[initvar] = _RAND_18[39:0];
  _RAND_19 = {2{`RANDOM}};
  for (initvar = 0; initvar < 2; initvar = initvar+1)
    ram_meta_0[initvar] = _RAND_19[44:0];
`endif // RANDOMIZE_MEM_INIT
`ifdef RANDOMIZE_REG_INIT
  _RAND_20 = {1{`RANDOM}};
  enq_ptr_value = _RAND_20[0:0];
  _RAND_21 = {1{`RANDOM}};
  deq_ptr_value = _RAND_21[0:0];
  _RAND_22 = {1{`RANDOM}};
  maybe_full = _RAND_22[0:0];
`endif // RANDOMIZE_REG_INIT
  `endif // RANDOMIZE
end // initial
`ifdef FIRRTL_AFTER_INITIAL
`FIRRTL_AFTER_INITIAL
`endif
`endif // SYNTHESIS
endmodule